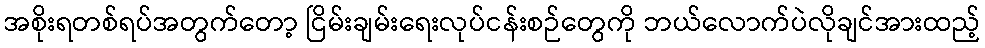
အစိုးရတစ်ရပ်အတွက်တော့ ငြိမ်းချမ်းရေးလုပ်ငန်းစဉ်တွေကို ဘယ်လောက်ပဲလိုချင်အားထည့်